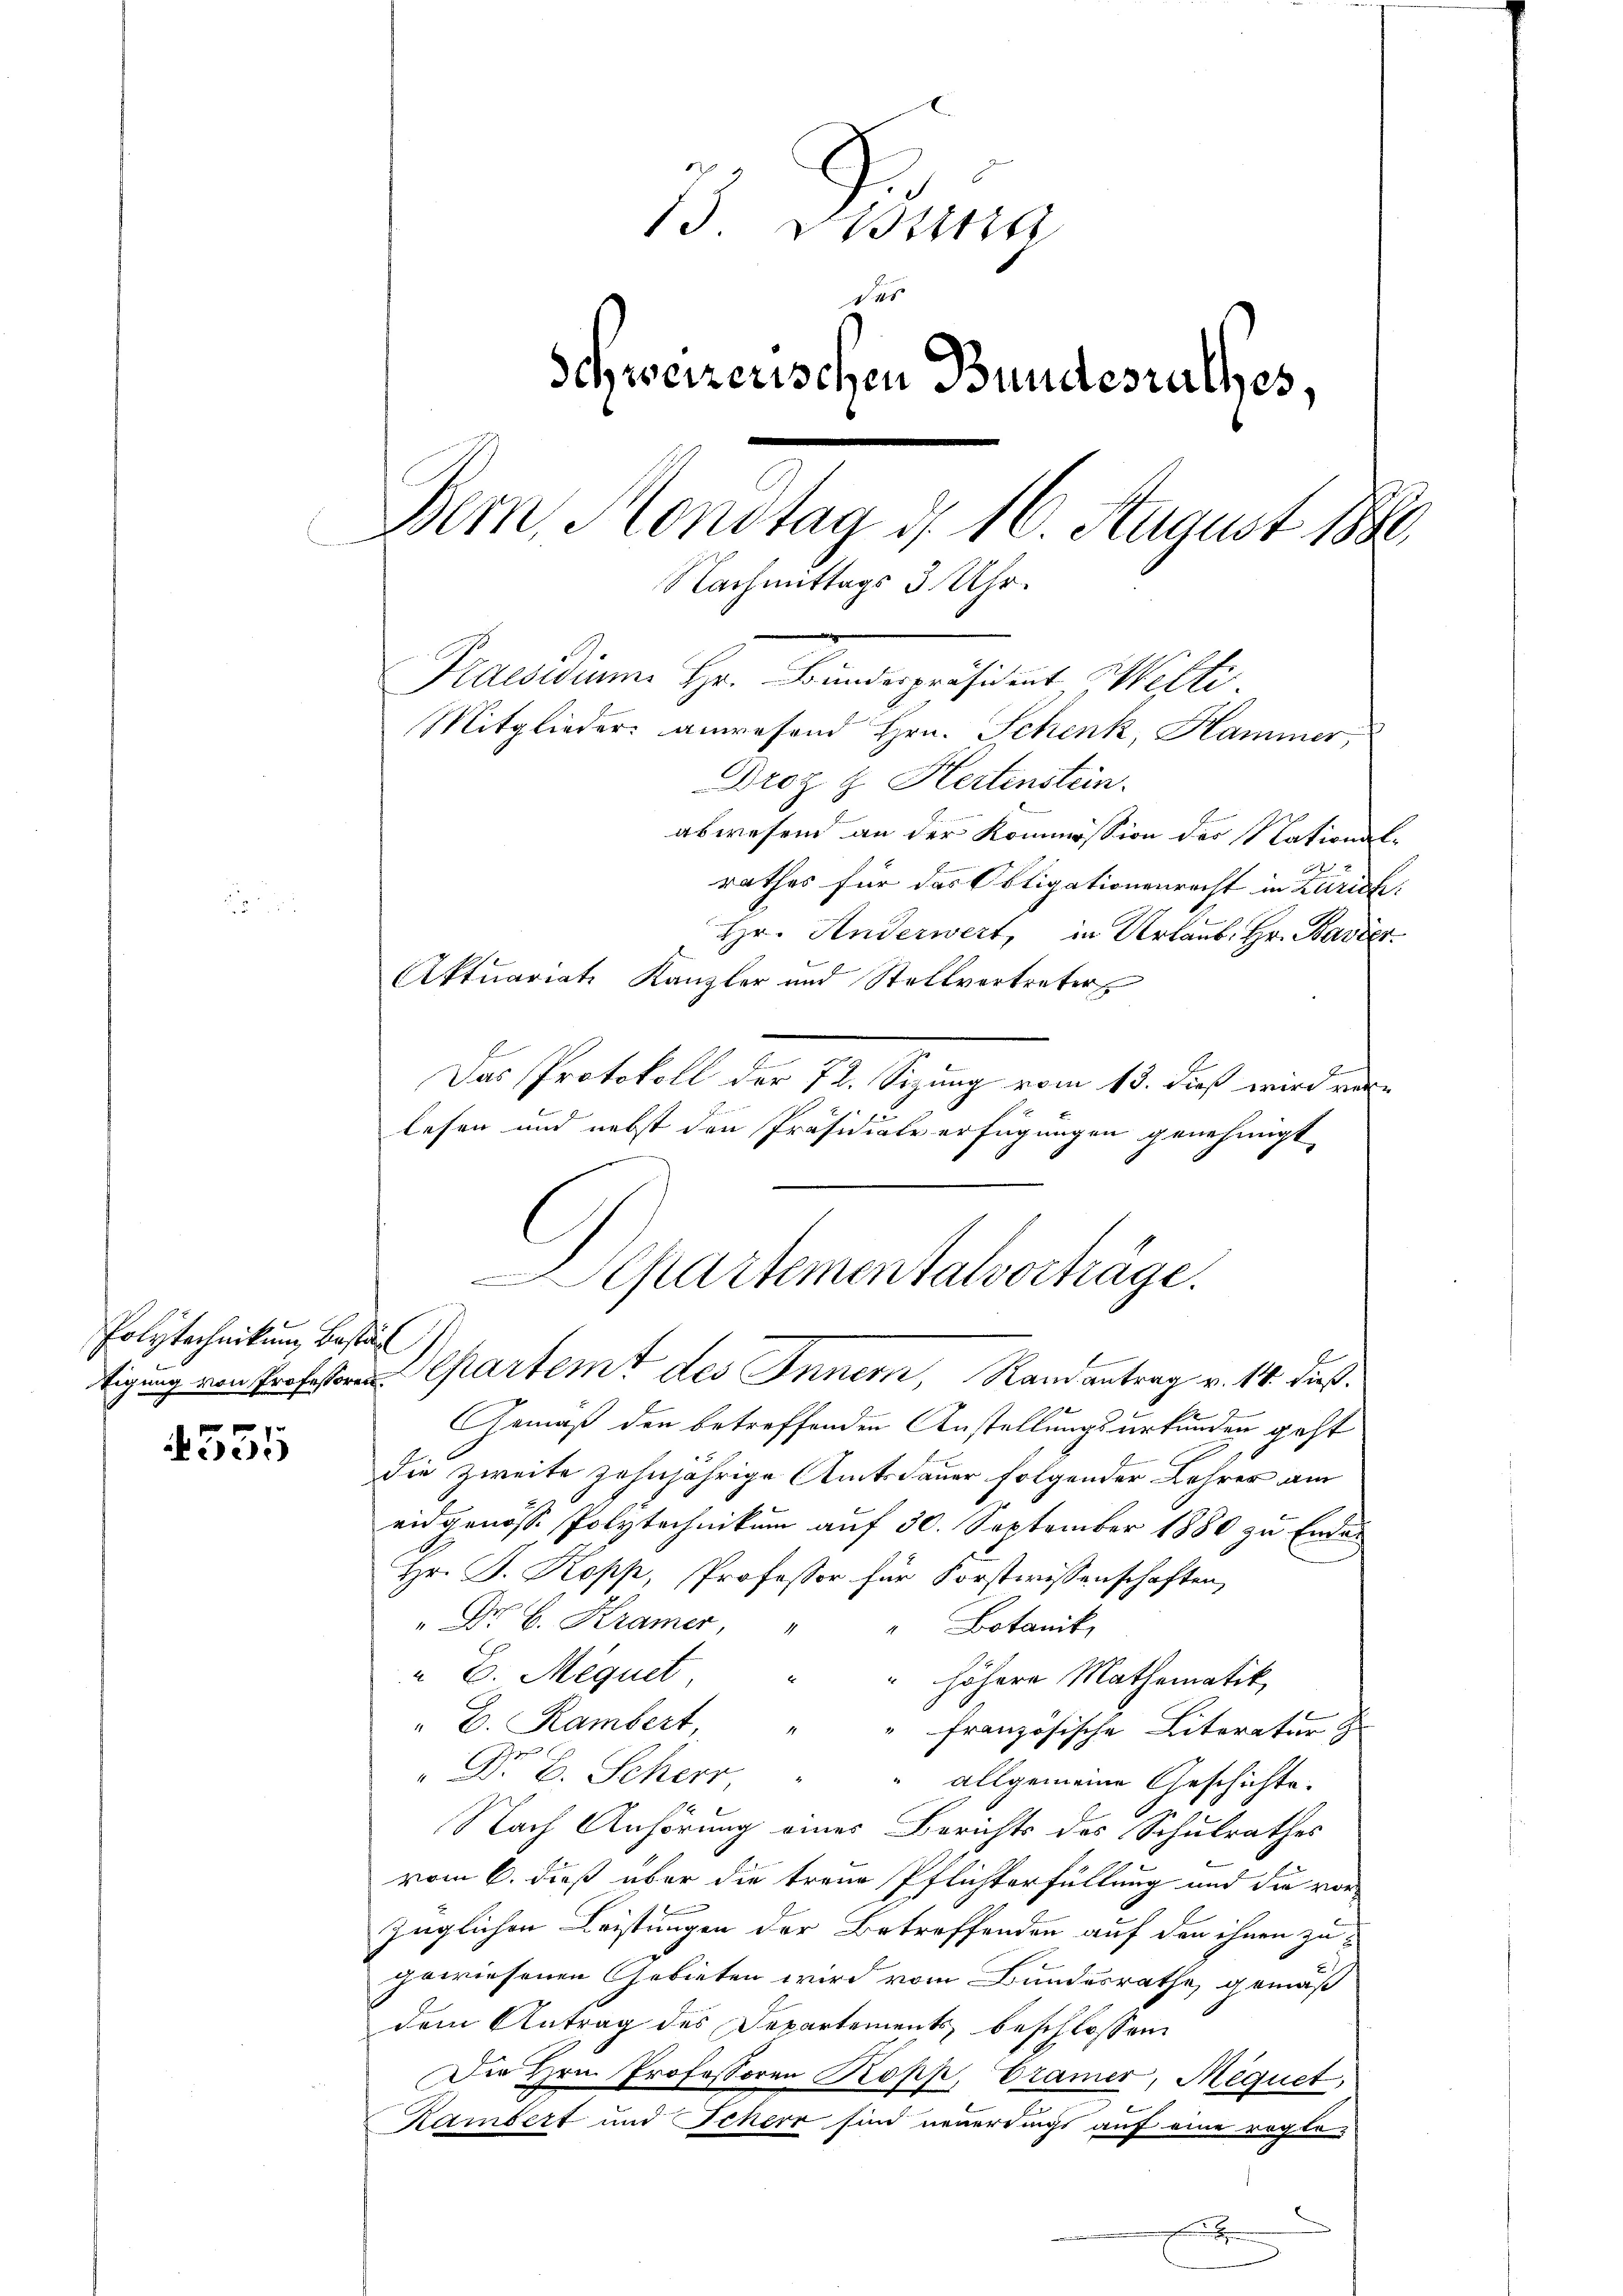
Polytechnikum bestät

4331

13. Freun
des
Schweizerischen Bundesrathes,
Bern, Mondtag d. 16. August 188
Nachmittags 3 Uhr.
Placidium Hr. Bundespräsident Wilti.
Mitglieder anwesend Hrn. Schenk, Hammer,
Droz z. Hertenstein.

abwesend an der Kommission des National-
rathes für das Obligationenrecht in Zürich:
Hr. Anderwert, in Urlaub. Hr. Bavier
Aktuariats Kanzler und Stellvertreter
Das Protokoll der 72. Sizung vom 13. dieß wird verlesen und nebst den Präsidiale erfügungen genehmigt
Gemäß den betreffenden Anstellungsurkunden geht
die zweite zehnjährige Amtsdauer folgender Lehrer am
eidgenösse Polytechnikum auf 30. September 1880 zu Endes
Hr. P. Kopp, Professor für Forstwissenschaften,
" Dr. B. Kramer,
" Botanik
" E. Méquet, " " höhere Mathematik,
" B. Rambert, "
" französische Literatur z
" Dr E. Scherr
" allgemeine Geschichte.
Nach Anhörung eines Berichts des Schulrathes
vom 6. dieß über die treue Pflichterfüllung und die vor
züglichen Leistungen der Betreffenden auf den ihnen zu
gewiesenen Gebieten wird vom Bundesrathe gemäß
dem Antrag des Departements beschlossen
Die Hrn. Professoren Kopp, Cramer, Mequet,
s
Kambert und Scherr sind neuerdings auf eine regle¬
F
.

Chartementalvorträge.
tigung von Professor Departemt des Inner, Randantrag v. 14. dieß¬